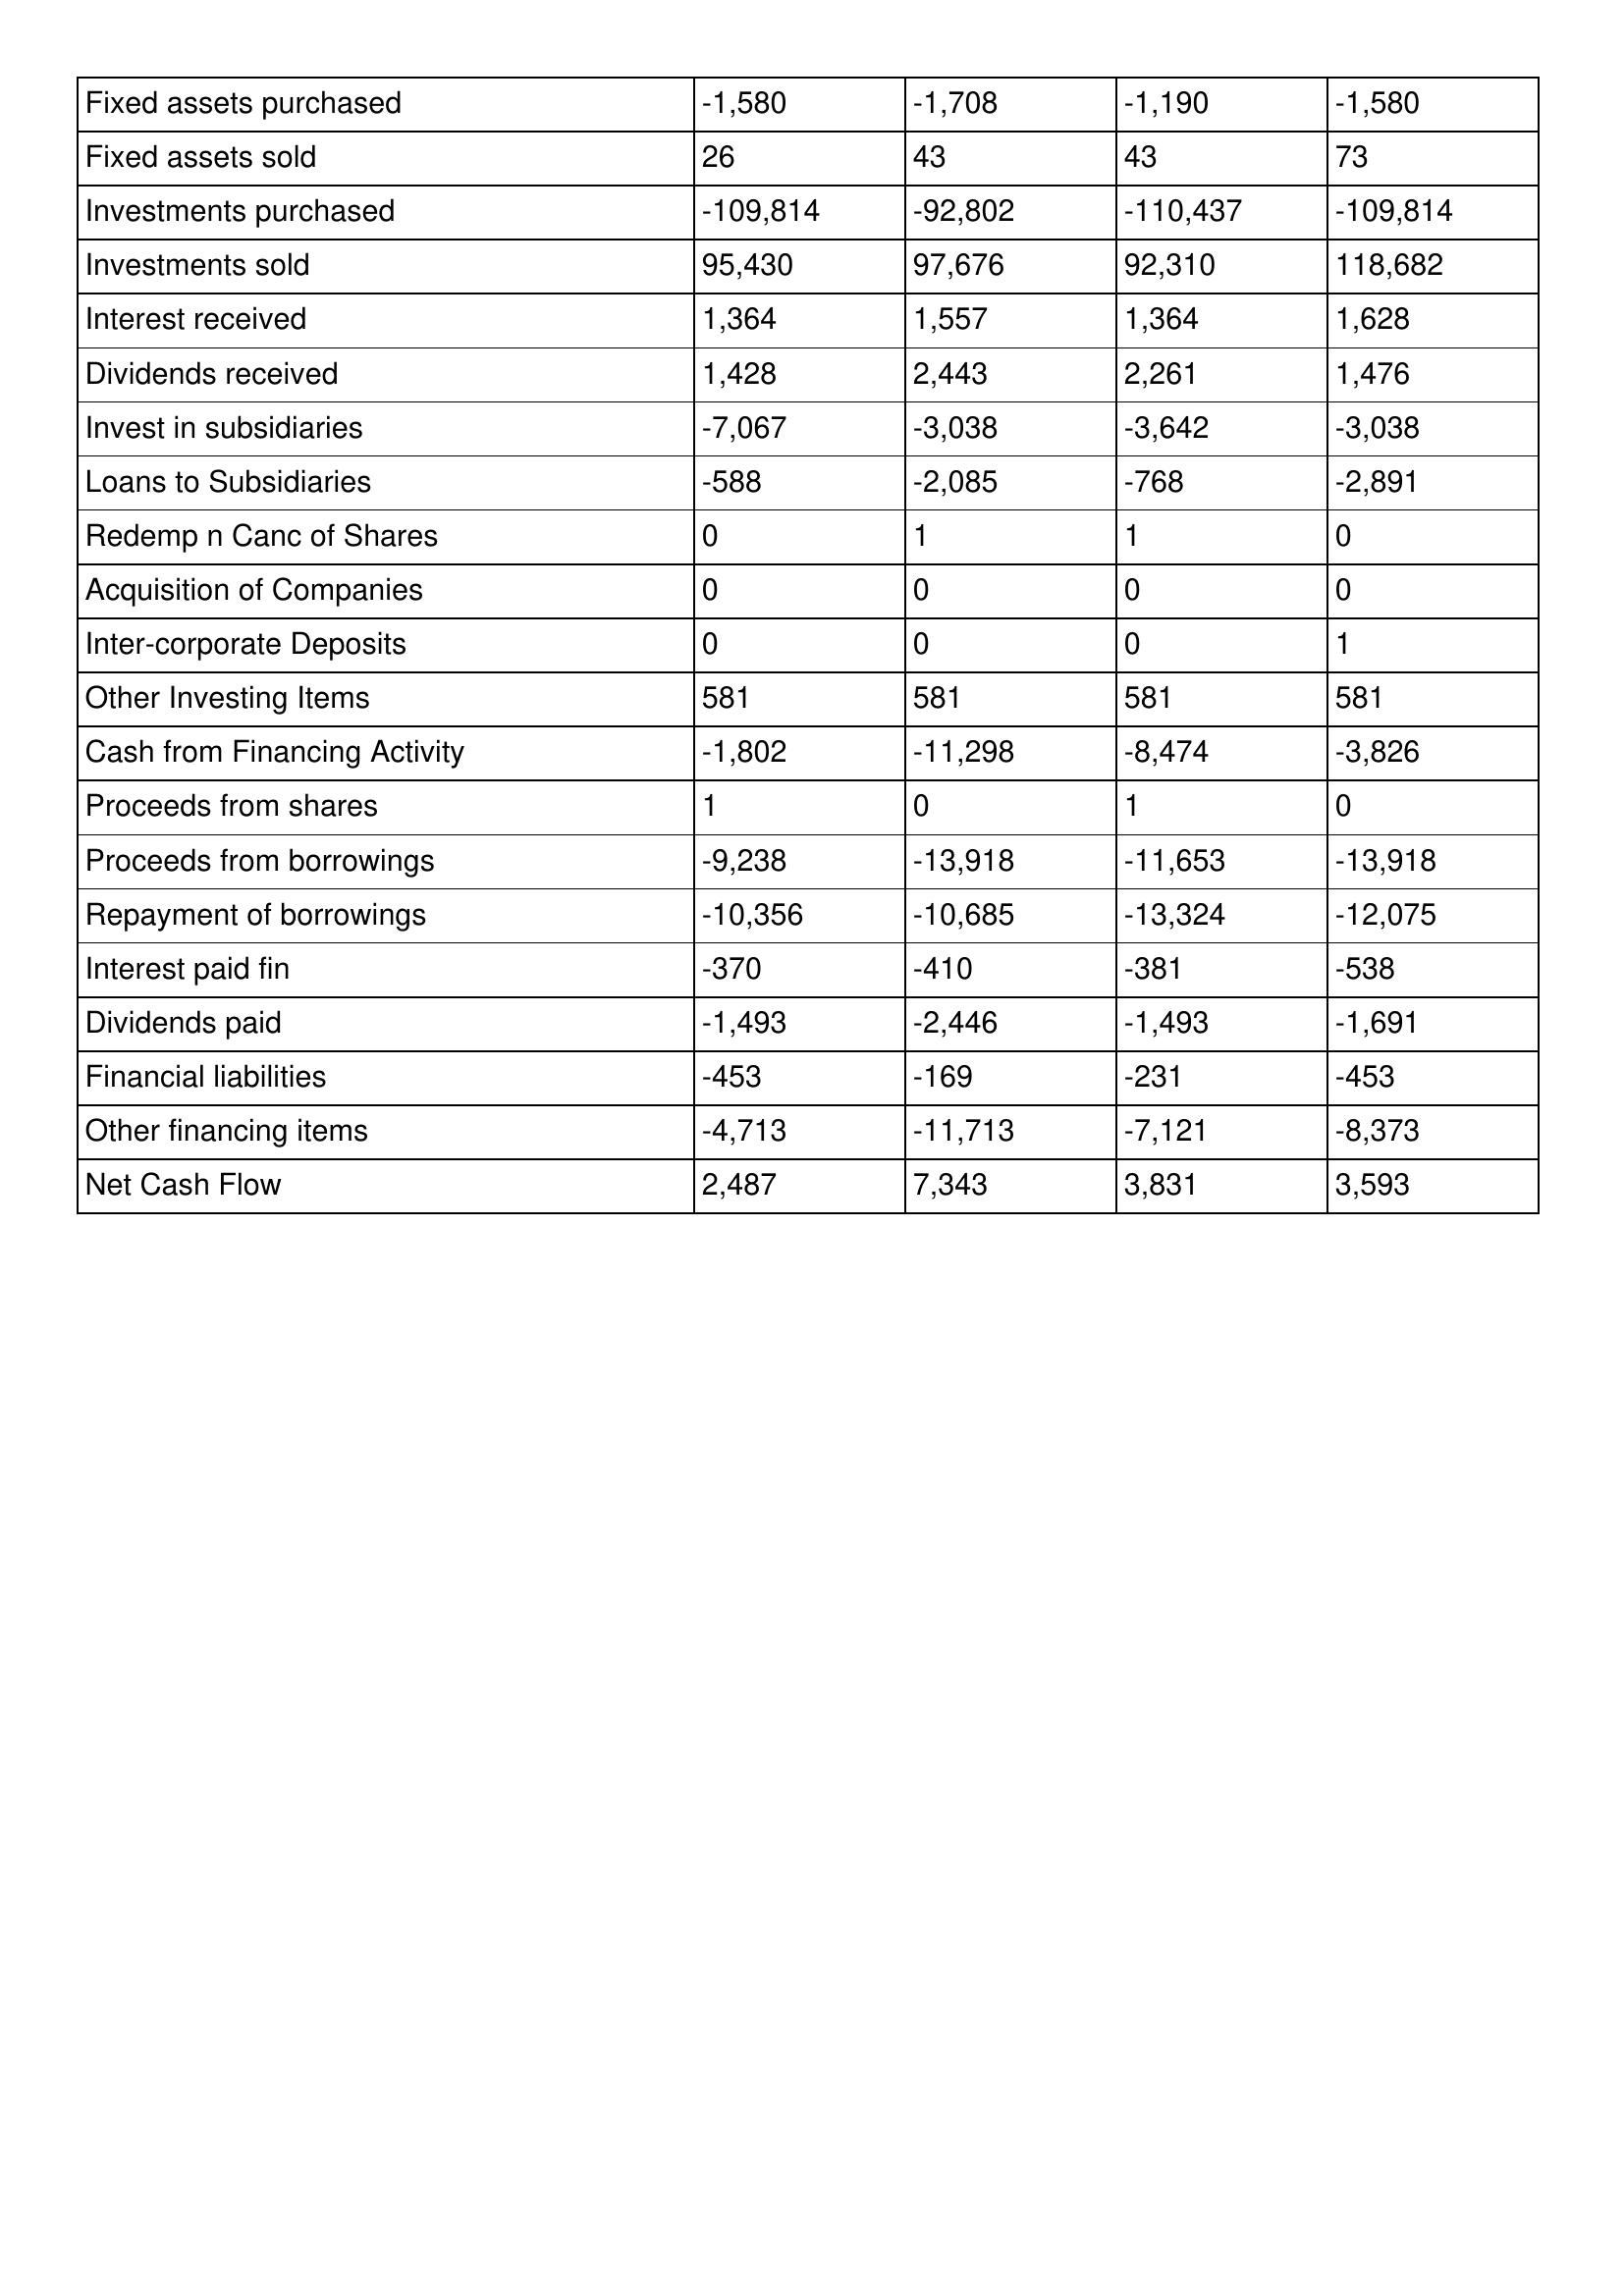
gt_parse: 2001: Cash Flows: Fixed assets purchased: -1,580
Fixed assets sold: 26
Investments purchased: -109,814
Investments sold: 95,430
Interest received: 1,364
Dividends received: 1,428
Invest in subsidiaries: -7,067
Loans to Subsidiaries: -588
Redemp n Canc of Shares: 0
Acquisition of Companies: 0
Inter-corporate Deposits: 0
Other Investing Items: 581
Cash from Financing Activity: -1,802
Proceeds from shares: 1
Proceeds from borrowings: -9,238
Repayment of borrowings: -10,356
Interest paid fin: -370
Dividends paid: -1,493
Financial liabilities: -453
Other financing items: -4,713
Net Cash Flow: 2,487
2000: Cash Flows: Fixed assets purchased: -1,708
Fixed assets sold: 43
Investments purchased: -92,802
Investments sold: 97,676
Interest received: 1,557
Dividends received: 2,443
Invest in subsidiaries: -3,038
Loans to Subsidiaries: -2,085
Redemp n Canc of Shares: 1
Acquisition of Companies: 0
Inter-corporate Deposits: 0
Other Investing Items: 581
Cash from Financing Activity: -11,298
Proceeds from shares: 0
Proceeds from borrowings: -13,918
Repayment of borrowings: -10,685
Interest paid fin: -410
Dividends paid: -2,446
Financial liabilities: -169
Other financing items: -11,713
Net Cash Flow: 7,343
1999: Cash Flows: Fixed assets purchased: -1,190
Fixed assets sold: 43
Investments purchased: -110,437
Investments sold: 92,310
Interest received: 1,364
Dividends received: 2,261
Invest in subsidiaries: -3,642
Loans to Subsidiaries: -768
Redemp n Canc of Shares: 1
Acquisition of Companies: 0
Inter-corporate Deposits: 0
Other Investing Items: 581
Cash from Financing Activity: -8,474
Proceeds from shares: 1
Proceeds from borrowings: -11,653
Repayment of borrowings: -13,324
Interest paid fin: -381
Dividends paid: -1,493
Financial liabilities: -231
Other financing items: -7,121
Net Cash Flow: 3,831
1998: Cash Flows: Fixed assets purchased: -1,580
Fixed assets sold: 73
Investments purchased: -109,814
Investments sold: 118,682
Interest received: 1,628
Dividends received: 1,476
Invest in subsidiaries: -3,038
Loans to Subsidiaries: -2,891
Redemp n Canc of Shares: 0
Acquisition of Companies: 0
Inter-corporate Deposits: 1
Other Investing Items: 581
Cash from Financing Activity: -3,826
Proceeds from shares: 0
Proceeds from borrowings: -13,918
Repayment of borrowings: -12,075
Interest paid fin: -538
Dividends paid: -1,691
Financial liabilities: -453
Other financing items: -8,373
Net Cash Flow: 3,593